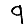
Digit: 9